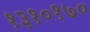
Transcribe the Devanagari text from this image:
१३१०१७०